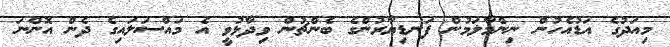
މިއަދުގެ އަޑުއެހުން ނިންމާލަމުން ފަނޑިޔާރުންގެ ބެންޗުން ވިދާޅުވީ އެ މައްސަލައިގެ ދެން އޮންނަ